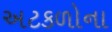
અટકળોના